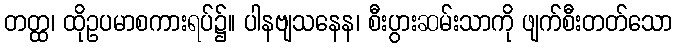
တတ္ထ၊ ထိုဥပမာစကားရပ်၌။ ပါနဗျသနေန၊ စီးပွားဆမ်းသာကို ဖျက်စီးတတ်သော